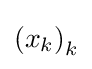
\left(x_{k}\right)_{k}